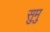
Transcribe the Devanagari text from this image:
सुमु